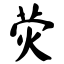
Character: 荧